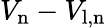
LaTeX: V_{\mathrm{n}}-V_{\mathrm{l,n}}